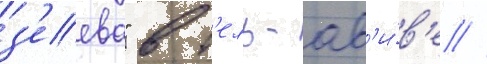
з'еева" в т'ель-ав'и́в'е //